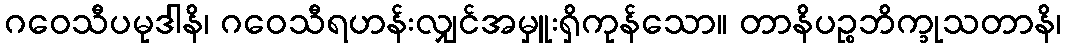
ဂဝေသီပမုဒါနိ၊ ဂဝေသီရဟန်းလျှင်အမှူးရှိကုန်သော။ တာနိပဉ္စဘိက္ခုသတာနိ၊